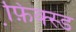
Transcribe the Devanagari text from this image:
फ़ि़क्स्ड